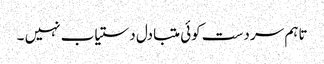
تاہم سر دست کوئی متبادل دستیاب نہیں ۔